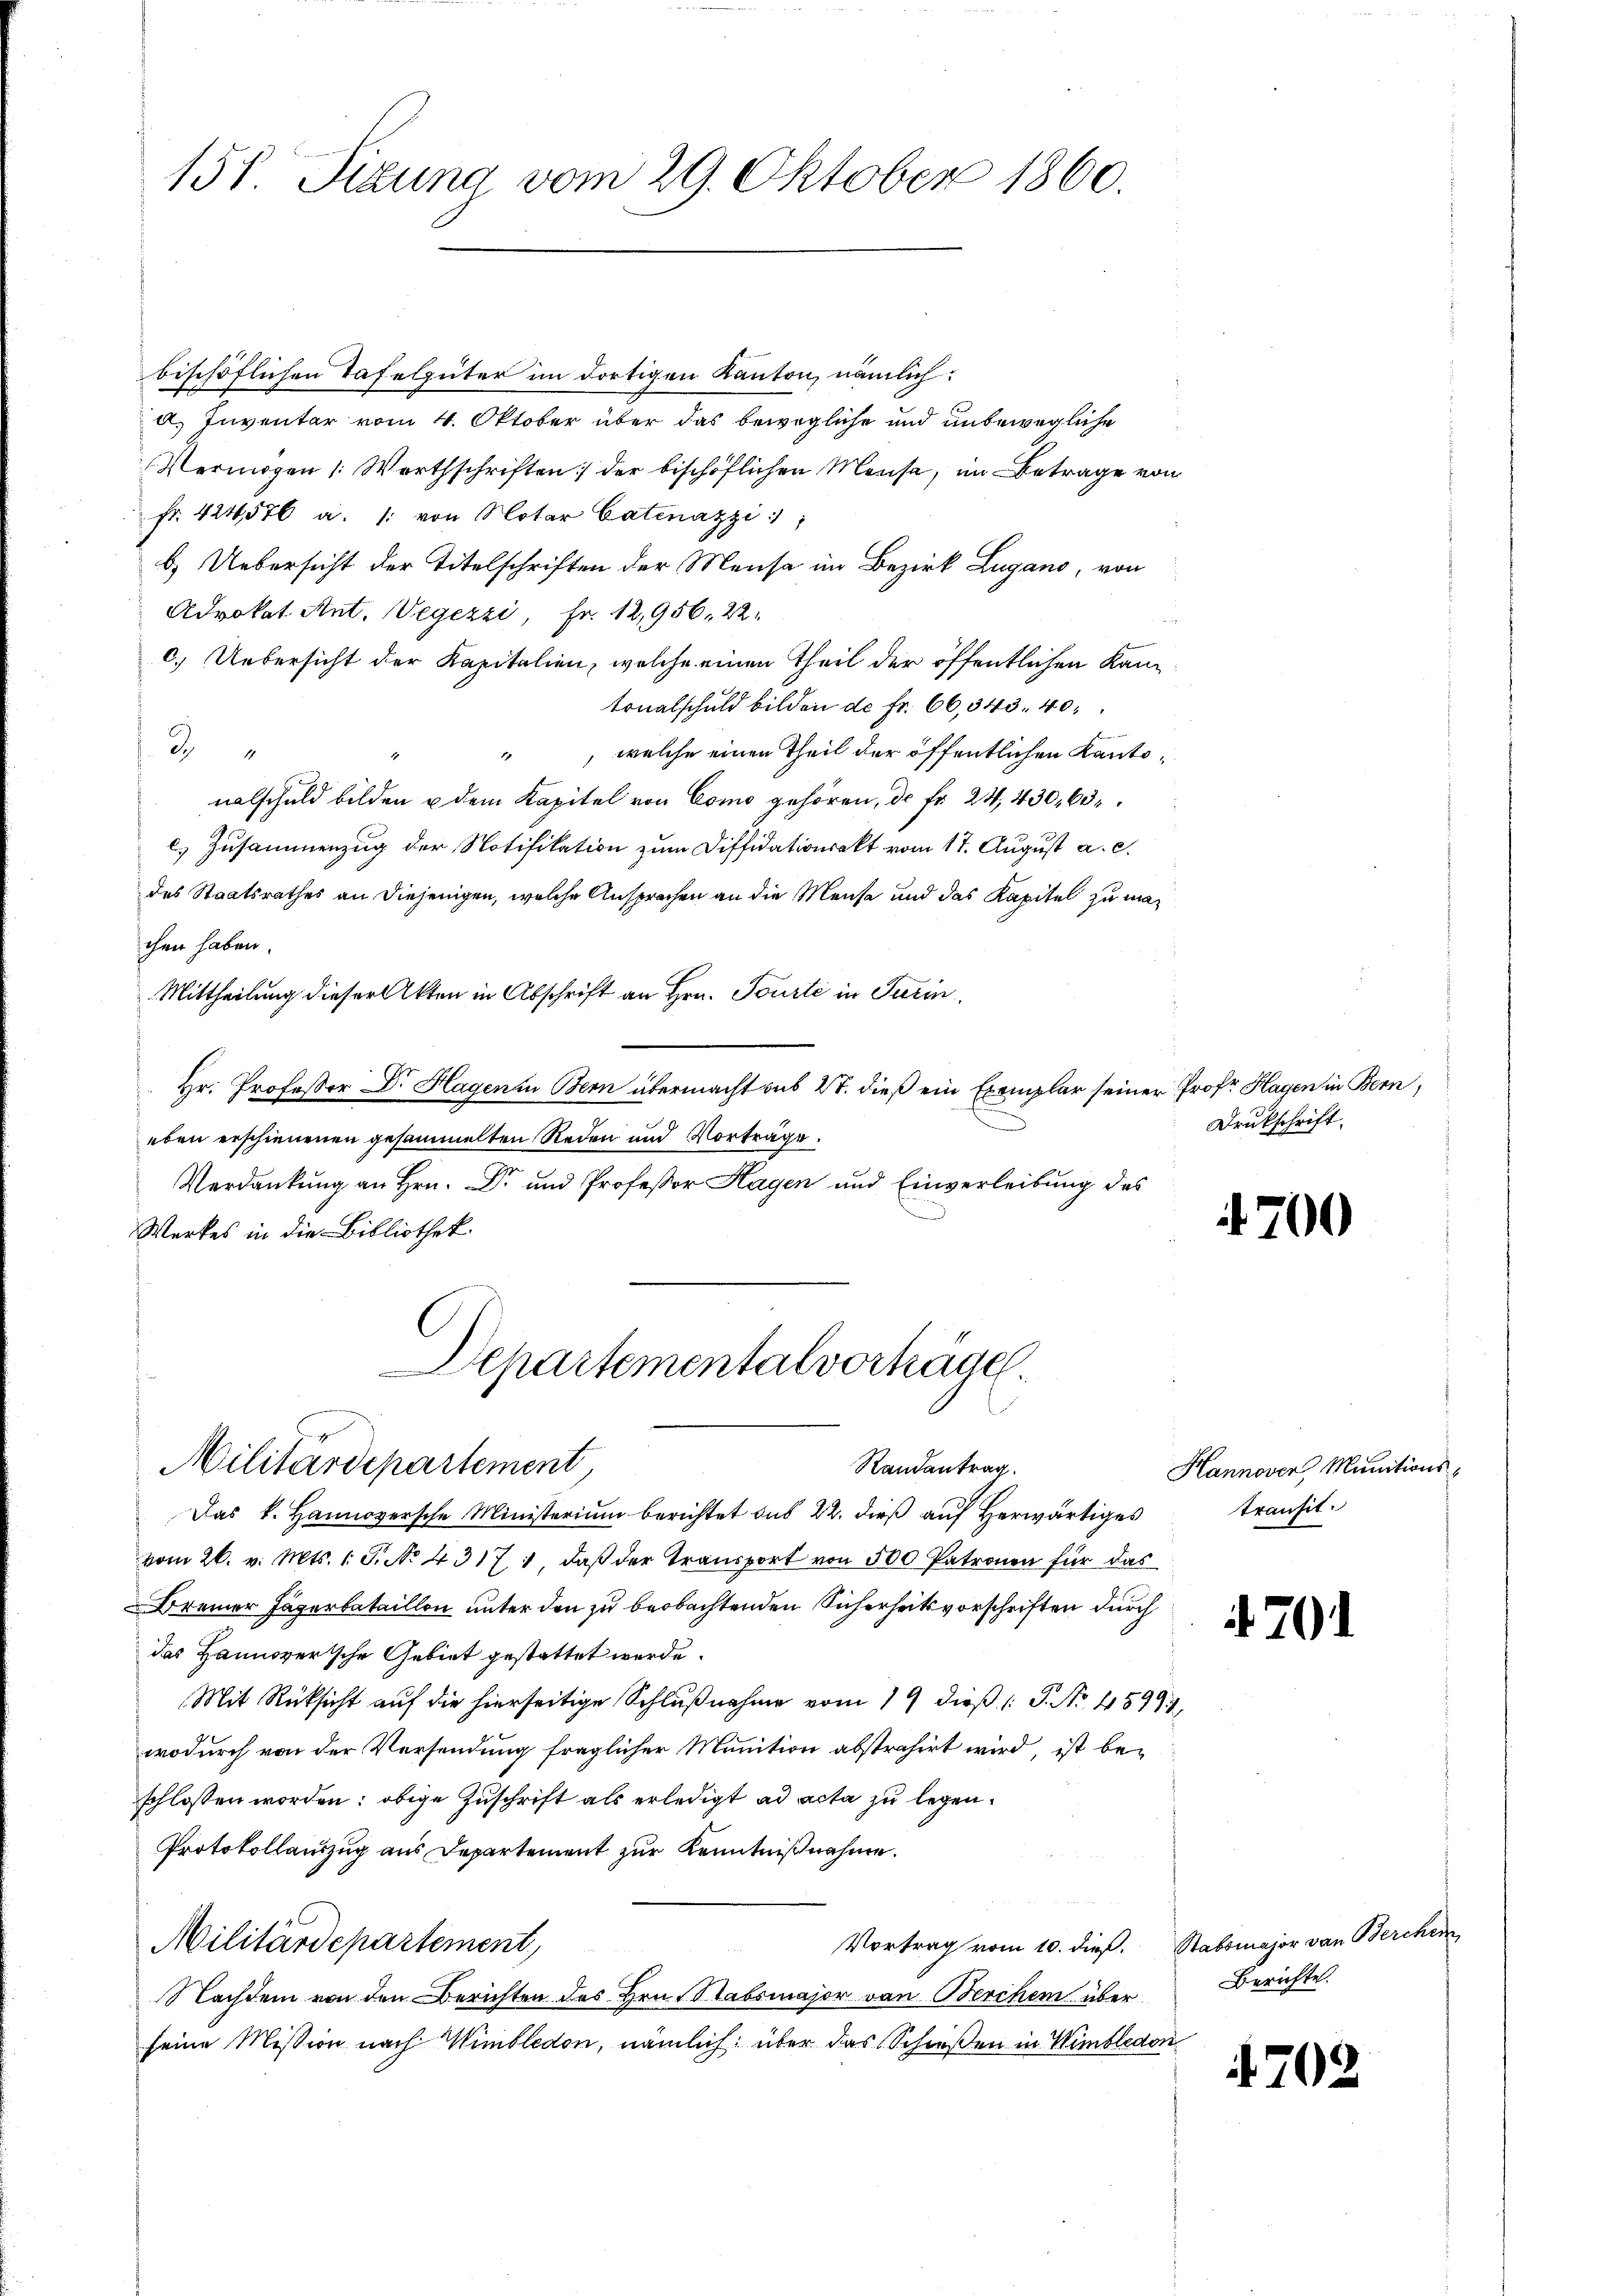
151 Sizung vom 29. Oktober 1860.

bischöflichen Tafelgüter im dortigen Kanton, nämlich:
a. Inventar vom 4. Oktober über das bewegliche und unbewegliche
Vermögen /: Werthschriften der bischöflichen Mense, im Betrage vo
fr. 424576 a. /: von Notar Catinazzi
b.) Uebersicht der Titelschriften der Mensa im Bezirk Lugano, von
Advokat Ant. Wegezzi, Fr. 12,956, 22.
c.) Uebersicht der Kapitalien, welche einen Theil der öffentlichen Kantonalschuld bilden de fr. 66,343. 40
2
", welche einen Theil der öffentlichen Kantonalschuld bilden u dem Kapitel von Como gehören, d. fr. 241, 430, 63
c) Zusammenzug der Notifikation zum Diffidationsakt vom 17. August a. c.
des Staatsrathes an diejenigen, welche Ansprachen an die Meise und das Kapitel zu machen haben.
Mittheilung dieser Akten in Abschrift an Hrn. Tourte in Turin,
Hr. Professor Dr. Hagenen Bern übermacht sub 2. dieß ein Exemplar seiner Prof. Hagen in Bern,
eben erschienenen gesammelten Reden und Vorträge.
Verdankung an Hrn. Dr. und Profeßor Hagen und Einverleibung des
Werkes in die Bibliothek.
Departemental vorkägel.
Militärdepartement,
Randantrag.
Das k. Hannoversche Ministerium berichtet das 22. dieß auf Herwärtiges
vom 26. v. Mts. 1 S. No 4317 : daß der Transport von 500 Patronen für das
Brenner Häserbataillon unter den zu beobachtenden Sicherheitsvorschriften durch
das Hannoversche Gebiet gestattet werde.
Mit Rücksicht auf die hierseitige Schlußnahme vom 19 dieß (: P. Nr. 45991
wodurch von der Versendung fraglicher Munition abstrahirt wird, ist beschlossen worden; obige Zuschrift als erledigt ad acta zu legen.
Protokollauszug aus Departement zur Kenntnißnahme.
Militärdepartement,
Vortrag vom 10. dieß.
Nachdem von den Berichten des Hrn. Stabsmajor von Berchen über
seine Mission nach Wimbledon, nämlich: über das Schießen in Wimbledon

Drukschrift.

700

Hannover, Munitions-
transit.

4701

Stabsmajor von Berchen
Berichte.

4702